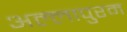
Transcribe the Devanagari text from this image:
अल्लापुरम